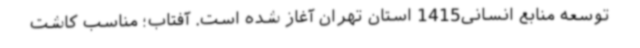
توسعه منابع انسانی1415 استان تهران آغاز شده است. آفتاب؛ مناسب کاشت